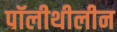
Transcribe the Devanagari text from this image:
पॉलीथीलीन